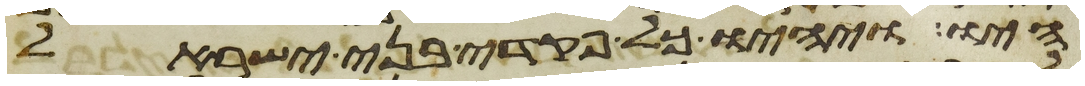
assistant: היו ויהיו כל פקדי בני ישראל